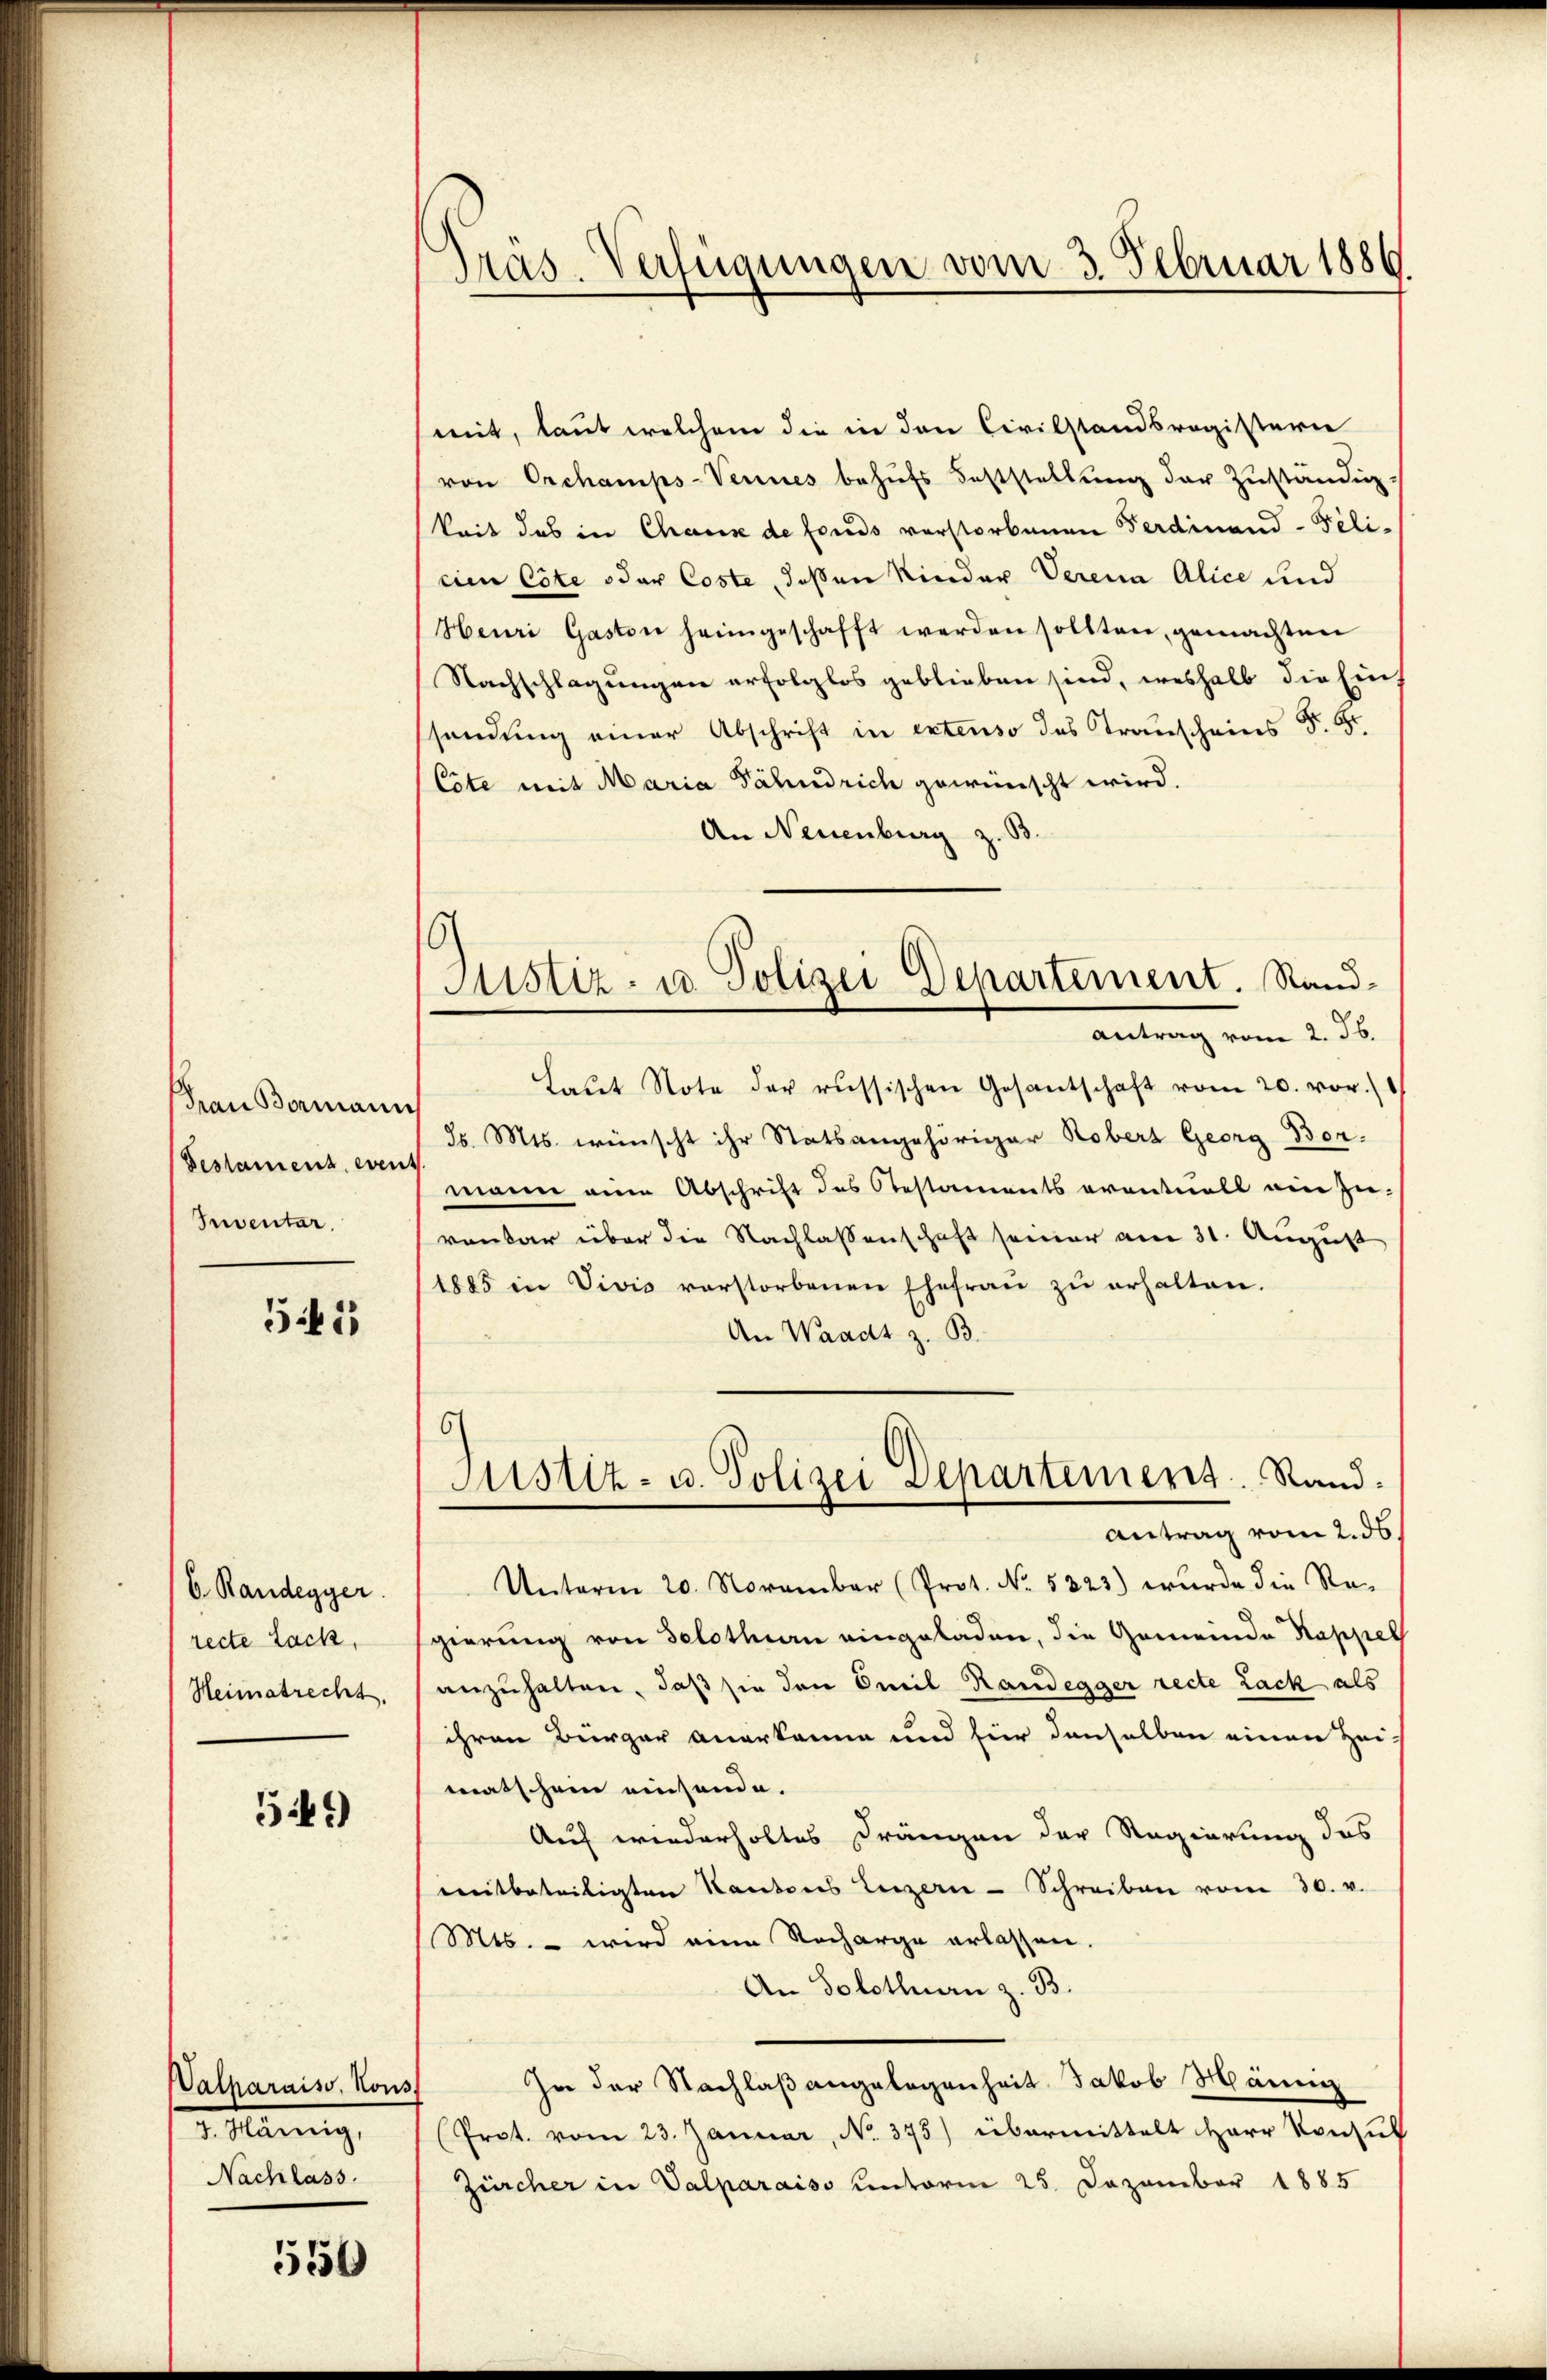
dran Bermann
Bestament, even
Inventar.

545

b. Randegger.
recte Lack,
Heimatrecht.

549)

Walharniss, Kons.
2. Mannig,
Nachlass.

550

Präs. Verfügungen vom 3. Februar 1886

Justiz- u. Polizei Departement. Sand¬
Antrag vom 2. Jb.

mit, laut welchem die in den Civilstandsregisterie
von Orchamps-Vennes behŭfs Feststellŭng der Zŭständig.
keit das in Chaus de fonds vorstorbenen Ferdinand - Peli-
cien Cote oder Coste, deßen Rinder Verena Alice und
Heuri Gaston heimgeschafft werden sollten, gemachten
Nachschlagungen erfolglos geblieben sind, weshalb die Eins
ssendung einer Abschrift in extenso das Transcheins §. 5.
Cote mit Maria Fähndrich gewünscht wird.
An Neuenburg z. B.
Laŭt Note der russischen Gesantschaft vom 20. vor.
85. Mts. wünscht ihr Statsangehöriger Robers Georg Bor-
mann anen Abschrift des Restaments eventuell ein Zu-
ronbar über die Nachlassenschaft seiner am 31. August
1885 in Vivis verstorbenen Ehefraŭ zŭ erhalten.
An Waadt z. B.
6
Justiz- u. Polizei Departement. Sand¬
Antrag vom 2. ds.
Unterm 20. November (Prot. No. 5323) wurde die Re-
gierung von Selothurn eingeladen, die Gemeinde Kappel
anzuhalten, daß sie den Emil Randegger recte Lack als
ihren Bürger anerkanne und für denselben einen Zei-
matschein einsende.
Auf wiederholtes Drängen der Regierung des
mitbeteiligten Kantons Luzern - Schreiben vom 30. v.
Mts. – wird eine Recharge erlassen.
An Solothurn z. B.
In der Nachlaßangelegenheit Jakob Männig
(Prot. vom 23. Januar, No. 373) übermittelt Herr Konsul
Zürcher in Valparaiso unterm 25. Dezember 1885